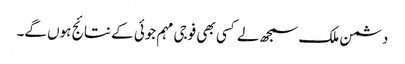
دشمن ملک سمجھ لے کسی بھی فوجی مہم جوئی کے نتائج ہوں گے۔